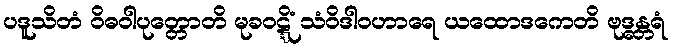
ပဒူသိတံ ဝိဓဝါပုတ္တောတိ မုခဝဋ္ဋိံ သံဝိဒါဝဟာရေ ယထောဒကေတိ ဗုဒ္ဓန္တရံ